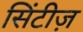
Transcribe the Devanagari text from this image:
सिंटीज़